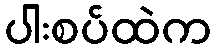
ပါးစပ်ထဲက